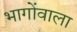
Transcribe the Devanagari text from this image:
भागोंवाला